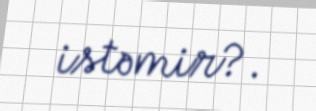
istəmir?.